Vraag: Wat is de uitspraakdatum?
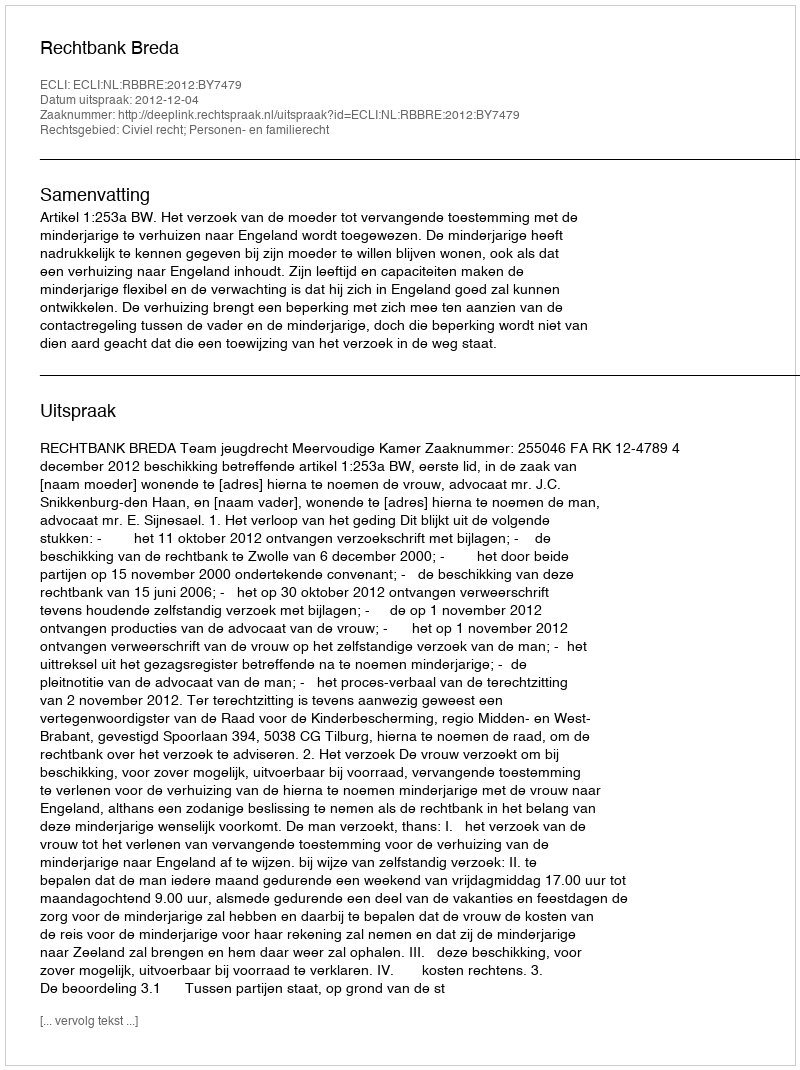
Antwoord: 2012-12-04